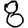
Digit: 8